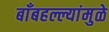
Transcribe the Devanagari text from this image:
बाँबहल्ल्यांमुळे